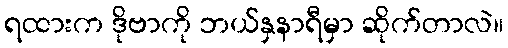
ရထားက ဒိုဗာကို ဘယ်နှနာရီမှာ ဆိုက်တာလဲ။